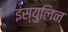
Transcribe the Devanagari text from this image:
इंस्युलिन